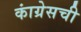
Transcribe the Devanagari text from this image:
कांग्रेसची